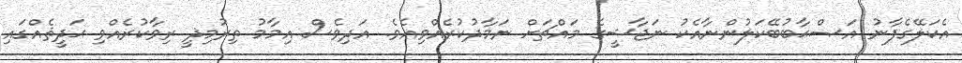
އެކަލޭގެފާނު އަޞްޙާބުބޭކަލުންނާއެކު ނަޖާޝީގެ މައްޗަށް ނަމާދުކުރެއްވިއެވެ. އަދިވެސް އިމާމު ތިރުމިޛީ ރިވާކުރެއްވި ޙަދީޘެއްގައި